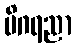
မိဂရညာ